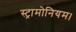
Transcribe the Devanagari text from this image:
स्ट्रामोनियम।